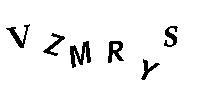
VZMRYS